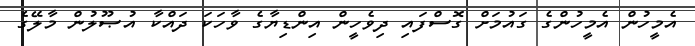
އެމީހުން އެމީހުންގެ ގައުމަށް ގޮސްފައި ދިވެހީން އިންޑިޔާގެ ވާހަކަ ދައްކާ އުޞޫލުން މާލޭގެ